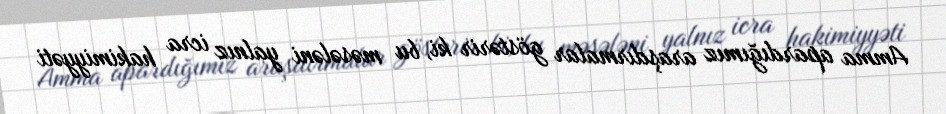
Amma apardığımız araşdırmalar göstərir ki, bu məsələni yalnız icra hakimiyyəti